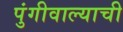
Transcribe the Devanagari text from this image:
पुंगीवाल्याची